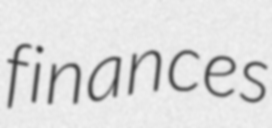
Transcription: finances